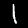
Label: 1